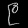
Digit: ၉